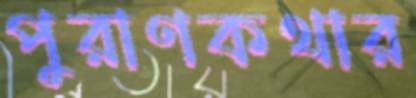
পুরাণকথার